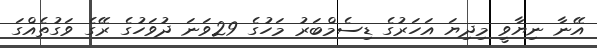
އޭނާ ނިޔާވީ މިދިޔަ އަހަރުގެ ޑިސެމްބަރު މަހުގެ 29ވަނަ ދުވަހުގެ ރޭގެ ވަގުތެއްގަ